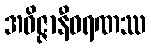
အဝိဇ္ဇာနီဝရဏဿ